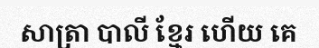
សាត្រា បាលី ខ្មែរ ហើយ គេ